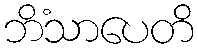
ဘိံသာပေတိ